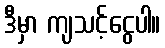
ဒီမှာ ကျသင့်ငွေပါ။